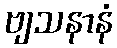
ဗျသနာနံ